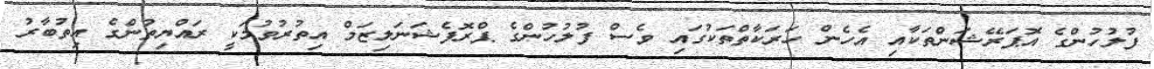
ފުލުހުންގެ އޮޕަރޭޝަންތަކާއި އެހެން ހަރަކާތްތަކުގައި ވެސް ފުލުހުންގެ ޕްރޮފެޝަނަލިޒަމް އިތުރުވުމަކީ ރައްޔިތުންގެ އިތުބާރު